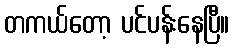
တကယ်တော့ ပင်ပန်းနေပြီ။